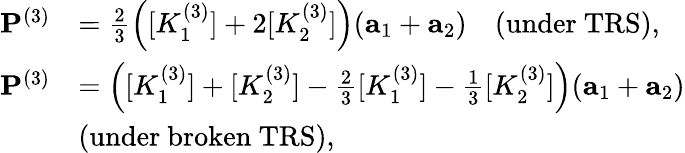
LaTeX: \begin{array}{rl}{{\mathbf P}^{(3)}}&{=\frac{2}{3}\left([K_{1}^{(3)}]+2[K_{2}^{(3)}]\right)({\mathbf a}_{1}+{\mathbf a}_{2})\quad(\mathrm{under~TRS}),}\\ {{\mathbf P}^{(3)}}&{=\left([K_{1}^{(3)}]+[K_{2}^{(3)}]-\frac{2}{3}[K_{1}^{(3)}]-\frac{1}{3}[K_{2}^{(3)}]\right)({\mathbf a}_{1}+{\mathbf a}_{2})}\\ &{(\mathrm{under~broken~TRS}),}\end{array}